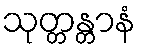
သုတ္တန္တာနံ